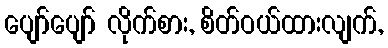
ပျော်ပျော် လိုက်စား, စိတ်ဝယ်ထားလျက်,